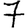
Digit: 7